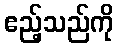
ဧည့်သည်ကို